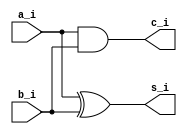
module half_adder(
	input wire a_i,
	input wire b_i,

	output wire s_i,
	output wire c_i
);

assign s_i = a_i ^ b_i;
assign c_i = a_i & b_i;

endmodule